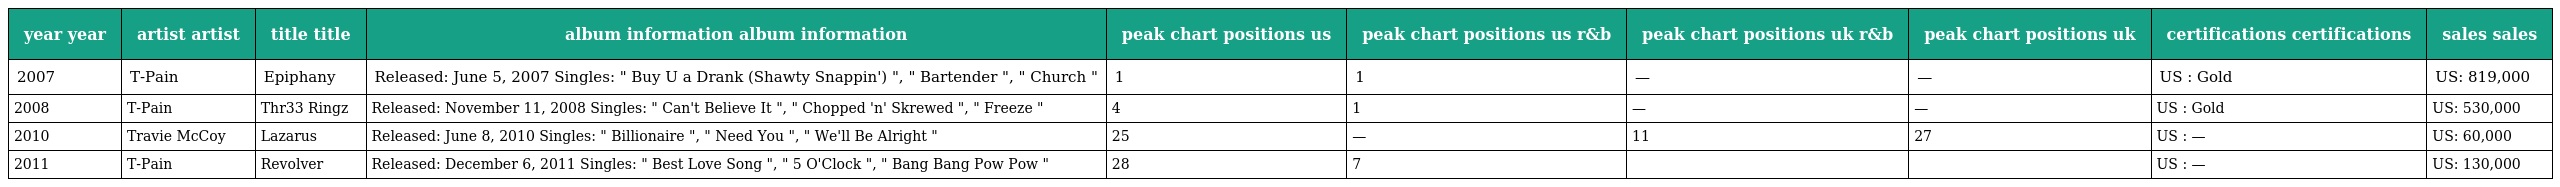
| year year | artist artist | title title | album information album information | peak chart positions us | peak chart positions us r&b | peak chart positions uk r&b | peak chart positions uk | certifications certifications | sales sales |
 | --- | --- | --- | --- | --- | --- | --- | --- | --- | --- |
 | 2007 | T-Pain | Epiphany | Released: June 5, 2007 Singles: " Buy U a Drank (Shawty Snappin') ", " Bartender ", " Church " | 1 | 1 | — | — | US : Gold | US: 819,000 |
 | 2008 | T-Pain | Thr33 Ringz | Released: November 11, 2008 Singles: " Can't Believe It ", " Chopped 'n' Skrewed ", " Freeze " | 4 | 1 | — | — | US : Gold | US: 530,000 |
 | 2010 | Travie McCoy | Lazarus | Released: June 8, 2010 Singles: " Billionaire ", " Need You ", " We'll Be Alright " | 25 | — | 11 | 27 | US : — | US: 60,000 |
 | 2011 | T-Pain | Revolver | Released: December 6, 2011 Singles: " Best Love Song ", " 5 O'Clock ", " Bang Bang Pow Pow " | 28 | 7 |  |  | US : — | US: 130,000 |